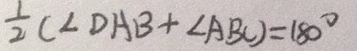
\frac { 1 } { 2 } ( \angle D A B + \angle A B C ) = 1 8 0 ^ { \circ }